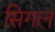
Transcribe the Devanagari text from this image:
सिगल